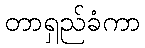
တာရှည်ခံကာ